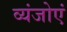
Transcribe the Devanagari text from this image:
व्यंजोएं